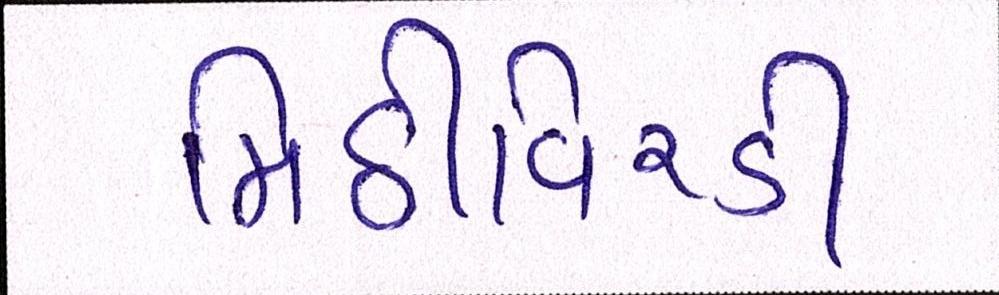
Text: મિઠીવિરડી